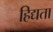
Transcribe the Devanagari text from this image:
हिद्यता